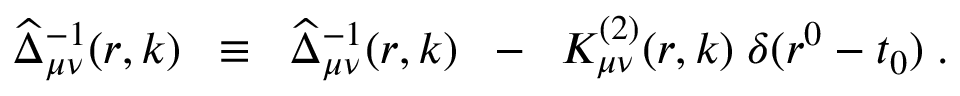
\widehat { \Delta } _ { \mu \nu } ^ { - 1 } ( r , k ) \; \; \equiv \; \; \widehat { \Delta } _ { \mu \nu } ^ { - 1 } ( r , k ) \; \; - \; \; { \cal K } _ { \mu \nu } ^ { ( 2 ) } ( r , k ) \; \delta ( r ^ { 0 } - t _ { 0 } ) \; .